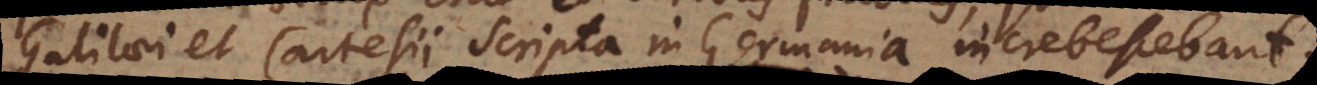
Galilaei et Cartesii scripta in Germania increbrescebant.